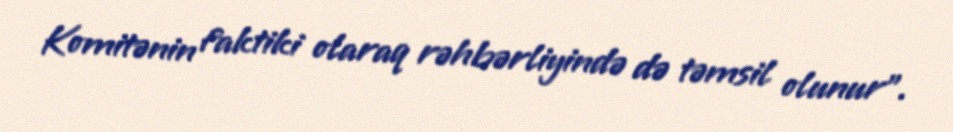
Komitənin faktiki olaraq rəhbərliyində də təmsil olunur”.